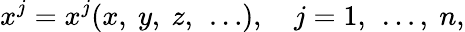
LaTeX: x^{j}=x^{j}(x,\ y,\ z,\ \dots),\quad j=1,\ \dots,\ n,